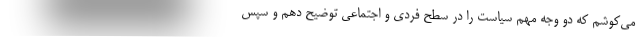
می‌کوشم که دو وجه مهم سیاست را در سطح فردی و اجتماعی توضیح دهم و سپس